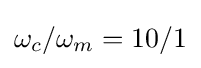
\omega _{c}/\omega _{m}=10/1